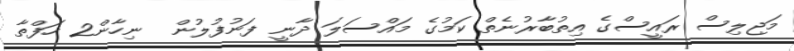
މަޖިލިސް ރައީސްގެ އިތުބާރުނެތް ކަމުގެ މައްސަލަ ދާނީ ފަނުފުލުން  ނިހާން2 ހަފްތާ